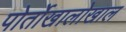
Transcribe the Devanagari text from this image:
पोर्तोखालोखाल